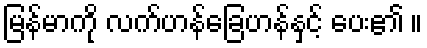
မြန်မာကို လက်ဟန်ခြေဟန်နှင့် ပေး၏ ။